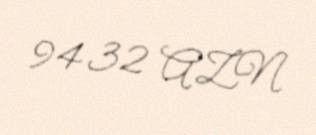
9432 AZN